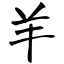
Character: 羊